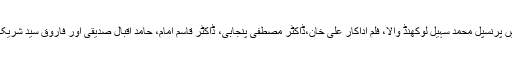
جس میں پرنسپل محمد سہیل لوکھنڈ والا، فلم اداکار علی خان،ڈاکٹر مصطفی پنجابی، ڈاکٹر قاسم امام، حامد اقبال صدیقی اور فاروق سید شریک تھے۔